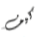
كيف